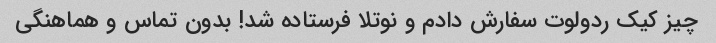
چیز کیک ردولوت سفارش دادم و نوتلا فرستاده شد! بدون تماس و هماهنگی